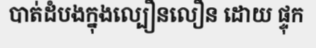
បាត់ដំបងក្នុងល្បឿនលឿន ដោយ ផ្ទុក